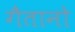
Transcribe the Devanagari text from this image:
गैतानो